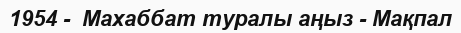
1954 -  Махаббат туралы аңыз - Мақпал